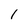
Character: 1